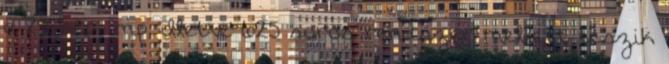
a 25 kép mp, illetve 625 soros rendszer mellett teszik